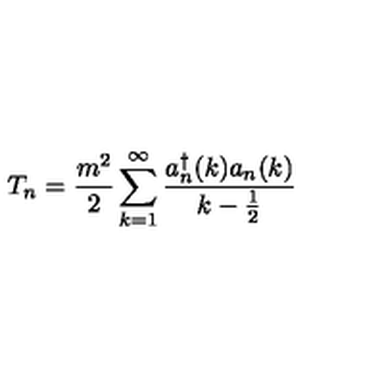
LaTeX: T _ { n } = \frac { m ^ { 2 } } { 2 } \sum _ { k = 1 } ^ { \infty } \frac { a _ { n } ^ { \dagger } ( k ) a _ { n } ( k ) } { k - \frac { 1 } { 2 } }